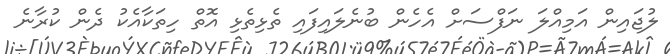
ލުޖައިން އަމިއްލަ ނަފްސަށް އެހެން ބުނެލައިފައި ތެޅިތެޅި އޮތް ހިތަކާއެކު ދެން ކުރާނެ